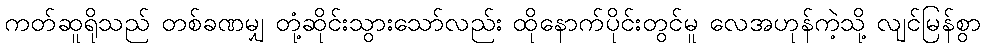
ကတ်ဆူရိုသည် တစ်ခဏမျှ တုံ့ဆိုင်းသွားသော်လည်း ထိုနောက်ပိုင်းတွင်မူ လေအဟုန်ကဲ့သို့ လျင်မြန်စွာ